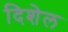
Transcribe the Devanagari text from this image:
दिशेल